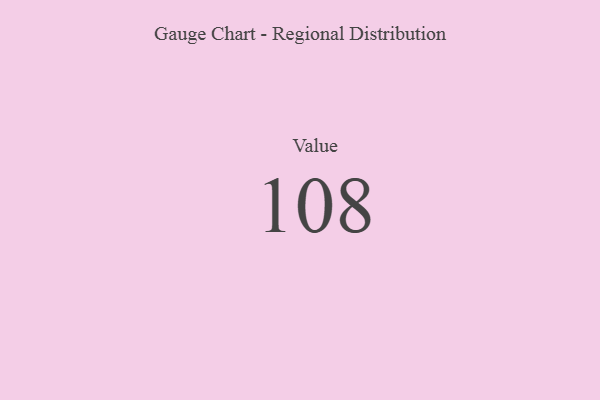
{"axis": {"x": "Metric", "y": "Value"}, "legend": [""], "data": [{"x": "Value", "y": 108, "type": ""}]}